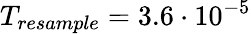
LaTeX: T_{resample}=3.6\cdot 10^{-5}